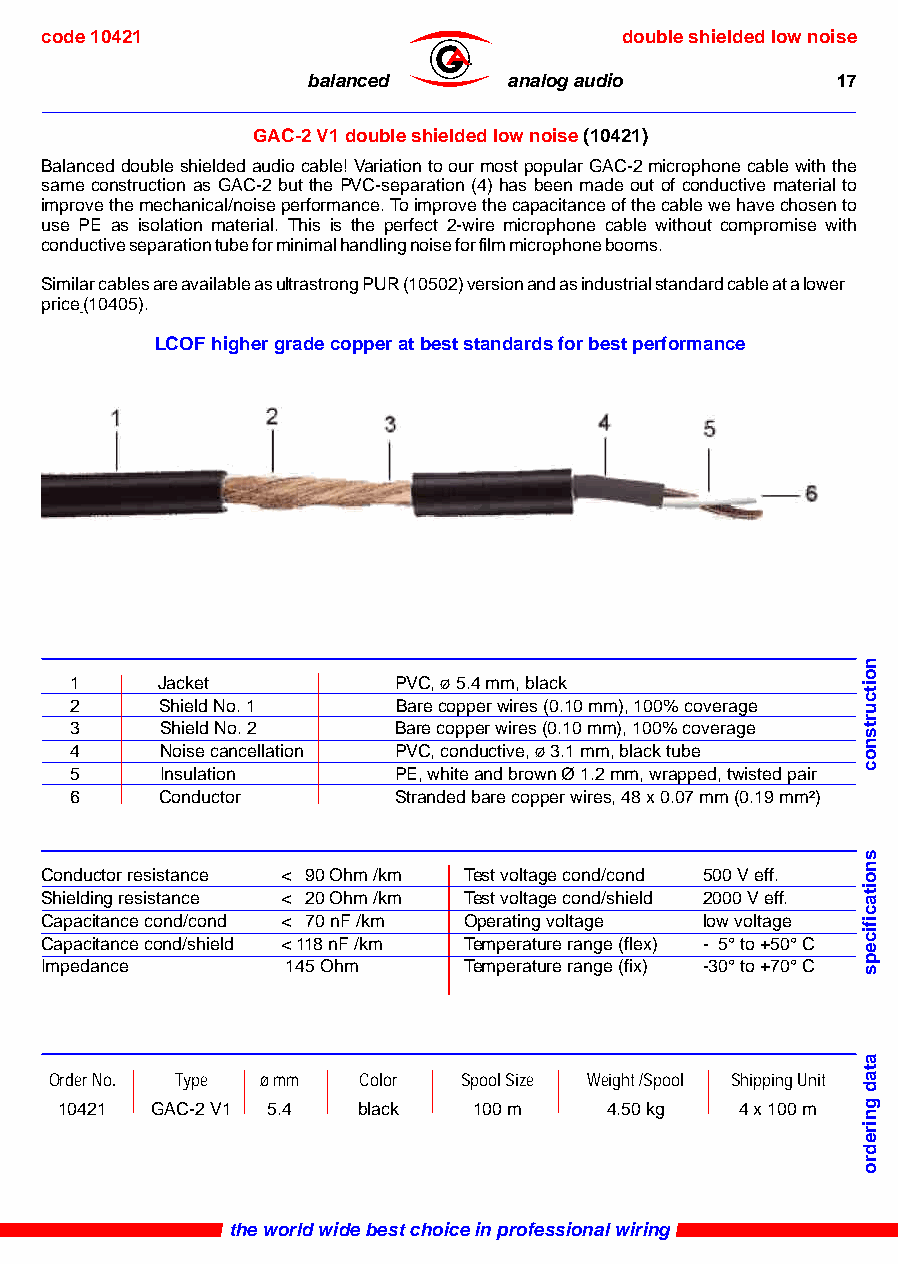
code 10421                            double shielded low noise
 ®
 balanced      analog audio         17
 GAC-2 V1 double shielded low noise (10421)
 Balanced double shielded audio cable! Variation to our most popular GAC-2 microphone cable with the
 same construction as GAC-2 but the PVC-separation (4) has been made out of conductive material to
 improve the mechanical/noise performance. To improve the capacitance of the cable we have chosen to
 use PE as isolation material. This is the perfect 2-wire microphone cable without compromise with
 conductive separation tube for minimal handling noise for film microphone booms.
 Similar cables are available as ultrastrong PUR (10502) version and as industrial standard cable at a lower
 price (10405).
 LCOF higher grade copper at best standards for best performance
 1    Jacket          PVC, ø 5.4 mm, black
 2     Shield No. 1   Bare copper wires (0.10 mm), 100% coverage
 3     Shield No. 2   Bare copper wires (0.10 mm), 100% coverage
 4     Noise cancellation PVC, conductive, ø 3.1 mm, black tube
 5     Insulation     PE, white and brown Ø 1.2 mm, wrapped, twisted pair
 6     Conductor      Stranded bare copper wires, 48 x 0.07 mm (0.19 mm²)
 Conductor resistance < 90 Ohm /km Test voltage cond/cond 500 V eff.
 Shielding resistance < 20 Ohm /km Test voltage cond/shield 2000 V eff.
 Capacitance cond/cond < 70 nF /km Operating voltage low voltage
 Capacitance cond/shield < 118 nF /km Temperature range (flex) - 5° to +50° C
 Impedance       145 Ohm     Temperature range (fix) -30° to +70° C
 Order No. Type ø mm  Color Spool Size Weight /Spool Shipping Unit
 10421 GAC-2 V1 5.4  black  100 m    4.50 kg  4 x 100 m
 the world wide best choice in professional wiring
 noitcurtsnoc
 snoitacificeps
 atad
 gniredro